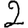
Digit: 2